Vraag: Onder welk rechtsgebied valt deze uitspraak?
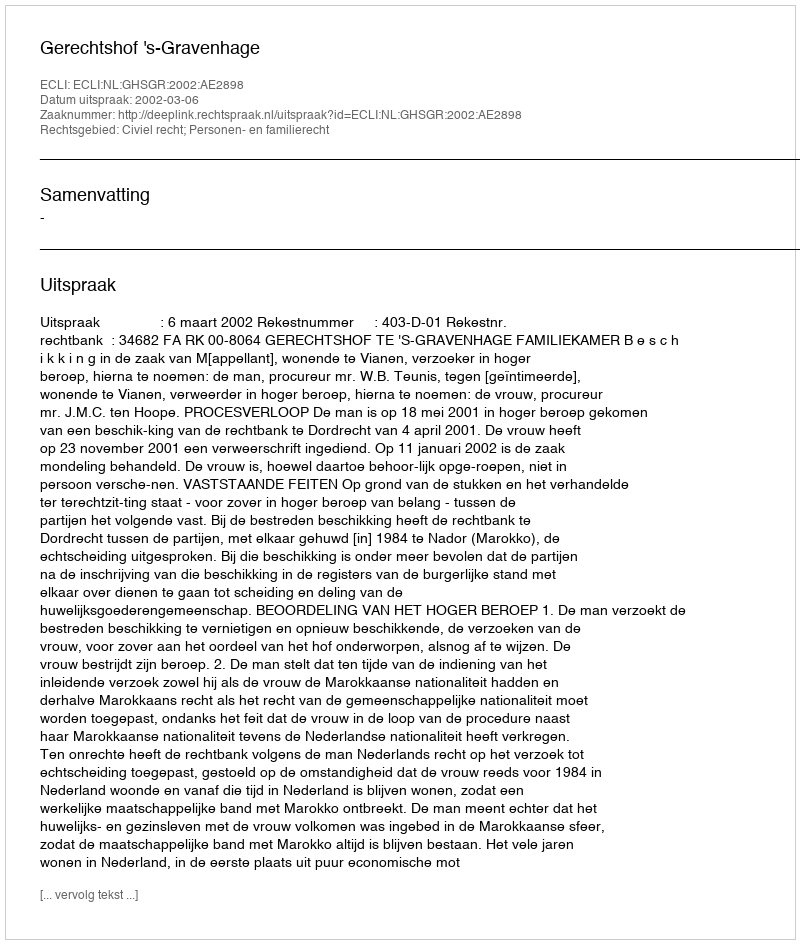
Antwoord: Civiel recht; Personen- en familierecht